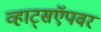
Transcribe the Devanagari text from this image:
व्हाट्सऍपवर